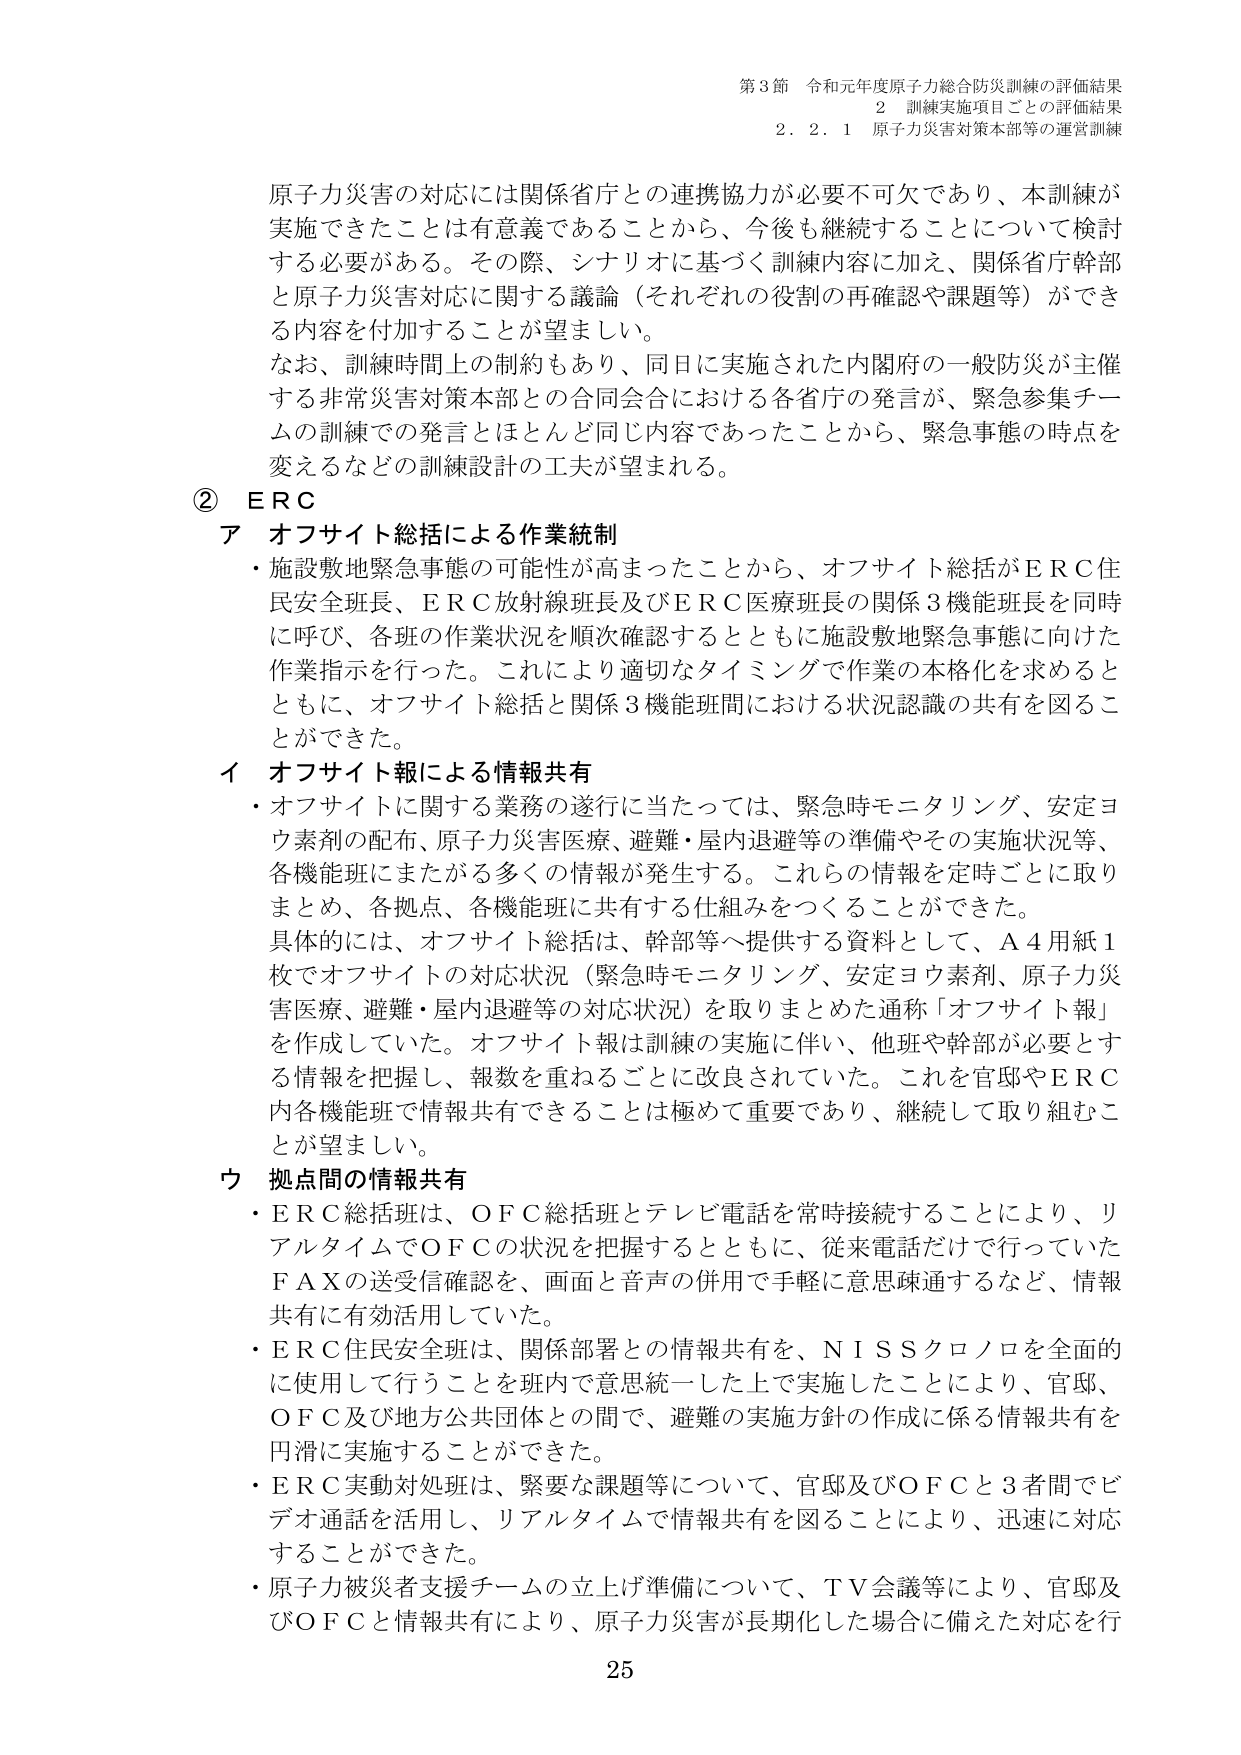
第3節 令和元年度原子力総合防災訓練の評価結果
2 訓練実施項目ごとの評価結果
2.2.1 原子力災害対策本部等の運営訓練

原子力災害の対応には関係省庁との連携協力が必要不可欠であり、本訓練が実施できたことは有意義であることから、今後も継続することについて検討する必要がある。その際、シナリオに基づく訓練内容に加え、関係省庁幹部と原子力災害対応に関する議論（それぞれの役割の再確認や課題等）ができる内容を付加することが望ましい。
なお、訓練時間上の制約もあり、同日に実施された内閣府の一般防災が主催する非常災害対策本部との合同会合における各省庁の発言が、緊急参集チームの訓練での発言とほとんど同じ内容であったことから、緊急事態の時点を変えるなどの訓練設計の工夫が望まれる。

② ERC
ア オフサイト総括による作業統制
・施設敷地緊急事態の可能性が高まったことから、オフサイト総括がERC住民安全班長、ERC放射線班長及びERC医療班長の関係3機能班長を同時に呼び、各班の作業状況を順次確認するとともに施設敷地緊急事態に向けた作業指示を行った。これにより適切なタイミングで作業の本格化を求めるとともに、オフサイト総括と関係3機能班間における状況認識の共有を図ることができた。

イ オフサイト報による情報共有
・オフサイトに関する業務の遂行に当たっては、緊急時モニタリング、安定ヨウ素剤の配布、原子力災害医療、避難・屋内退避等の準備やその実施状況等、各機能班にまたがる多くの情報が発生する。これらの情報を定時ごとに取りまとめ、各拠点、各機能班に共有する仕組みをつくることができた。
具体的には、オフサイト総括は、幹部等へ提供する資料として、A4用紙1枚でオフサイトの対応状況（緊急時モニタリング、安定ヨウ素剤、原子力災害医療、避難・屋内退避等の対応状況）を取りまとめた通称「オフサイト報」を作成していた。オフサイト報は訓練の実施に伴い、他班や幹部が必要とする情報を把握し、報数を重ねるごとに改良されていた。これを官邸やERC内各機能班で情報共有できることは極めて重要であり、継続して取り組むことが望ましい。

ウ 拠点間の情報共有
・ERC総括班は、OFC総括班とテレビ電話を常時接続することにより、リアルタイムでOFCの状況を把握するとともに、従来電話だけで行っていたFAXの送受信確認を、画面と音声の併用で手軽に意思疎通するなど、情報共有に有効活用していた。
・ERC住民安全班は、関係部署との情報共有を、NISSクロノロを全面的に使用して行うことを班内で意思統一した上で実施したことにより、官邸、OFC及び地方公共団体との間で、避難の実施方針の作成に係る情報共有を円滑に実施することができた。
・ERC実動対処班は、緊要な課題等について、官邸及びOFCと3者間でビデオ通話を活用し、リアルタイムで情報共有を図ることにより、迅速に対応することができた。
・原子力被災者支援チームの立上げ準備について、TV会議等により、官邸及びOFCと情報共有により、原子力災害が長期化した場合に備えた対応を行

25